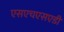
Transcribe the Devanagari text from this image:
एसएचएसएडी